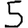
Digit: 5